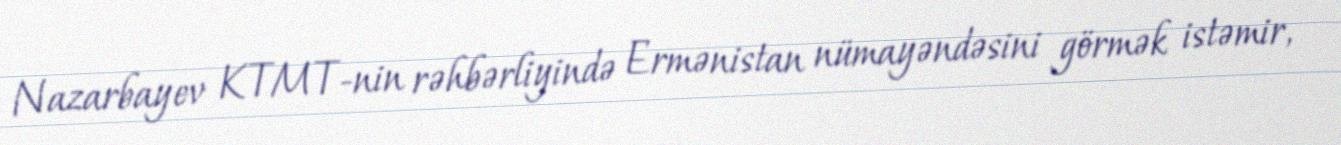
Nazarbayev KTMT-nin rəhbərliyində Ermənistan nümayəndəsini görmək istəmir,